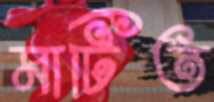
মাটিত